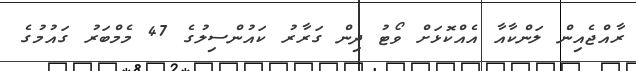
ރާއްޖެއިން ލަންކާއާ އެއްކޮޅަށް ވޯޓު ދިން ގަރާރު ކައުންސިލުގެ 47 މެމްބަރު ގައުމުގެ